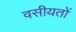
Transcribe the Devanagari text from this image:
वसीयतों